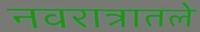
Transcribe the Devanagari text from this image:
नवरात्रातले